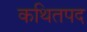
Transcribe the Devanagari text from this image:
कथितपद